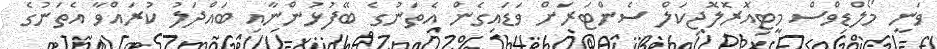
ވަނީ މޯލްޑިވްސް މީޓިއޮރޮލޮޖިކަލް ސެންޓަރަށް ވަޑައިގެން އެތަނުގެ ބޭފުޅުންނާއި ބައްދަލު ކުރައްވާ އެތަނުގެ